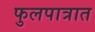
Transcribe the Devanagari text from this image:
फुलपात्रात